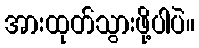
အားထုတ်သွားဖို့ပါပဲ။